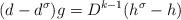
LaTeX: \begin{align*}(d-d^{\sigma})g=D^{k-1}(h^{\sigma}-h)\end{align*}